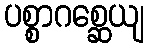
ပစ္စာဂစ္ဆေယျ